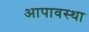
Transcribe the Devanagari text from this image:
आपावस्था